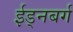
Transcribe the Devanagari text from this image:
ईड्नबर्ग